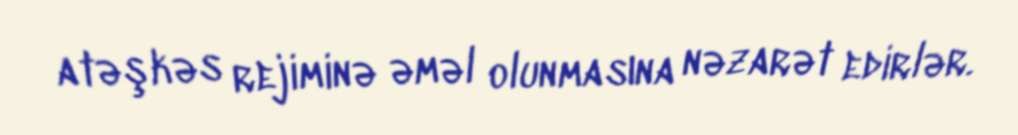
atəşkəs rejiminə əməl olunmasına nəzarət edirlər.